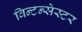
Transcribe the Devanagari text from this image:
विन्टन्सेस्टर